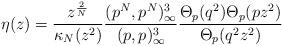
LaTeX: \begin{align*}\eta(z) = \frac{z^{\frac{2}{N}}}{\kappa_N(z^2)} \frac{(p^N,p^N)^3_{\infty}}{(p,p)^3_{\infty}}\frac{\Theta_{p}(q^2)\Theta_{p}(p z^2)}{\Theta_{p}(q^2 z^2)}\end{align*}